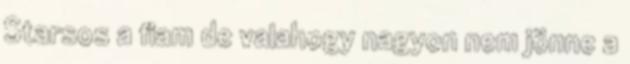
Starsos a fiam de valahogy nagyon nem jönne a